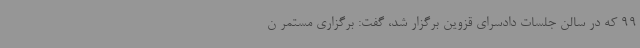
99 که در سالن جلسات دادسرای قزوین برگزار شد، گفت: برگزاری مستمر ن